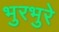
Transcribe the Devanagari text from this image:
भुरभुरे